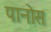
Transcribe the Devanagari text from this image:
पानोस